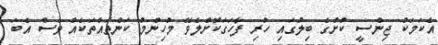
އެކަމަކު ޖިންސީ ކުށުގެ ބިލުގައި ހުރި ފާހަގަކޮށްލެވޭ މުހިންމު ކަންތައްތަކެއް ވެސް އެބަ